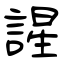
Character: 謃